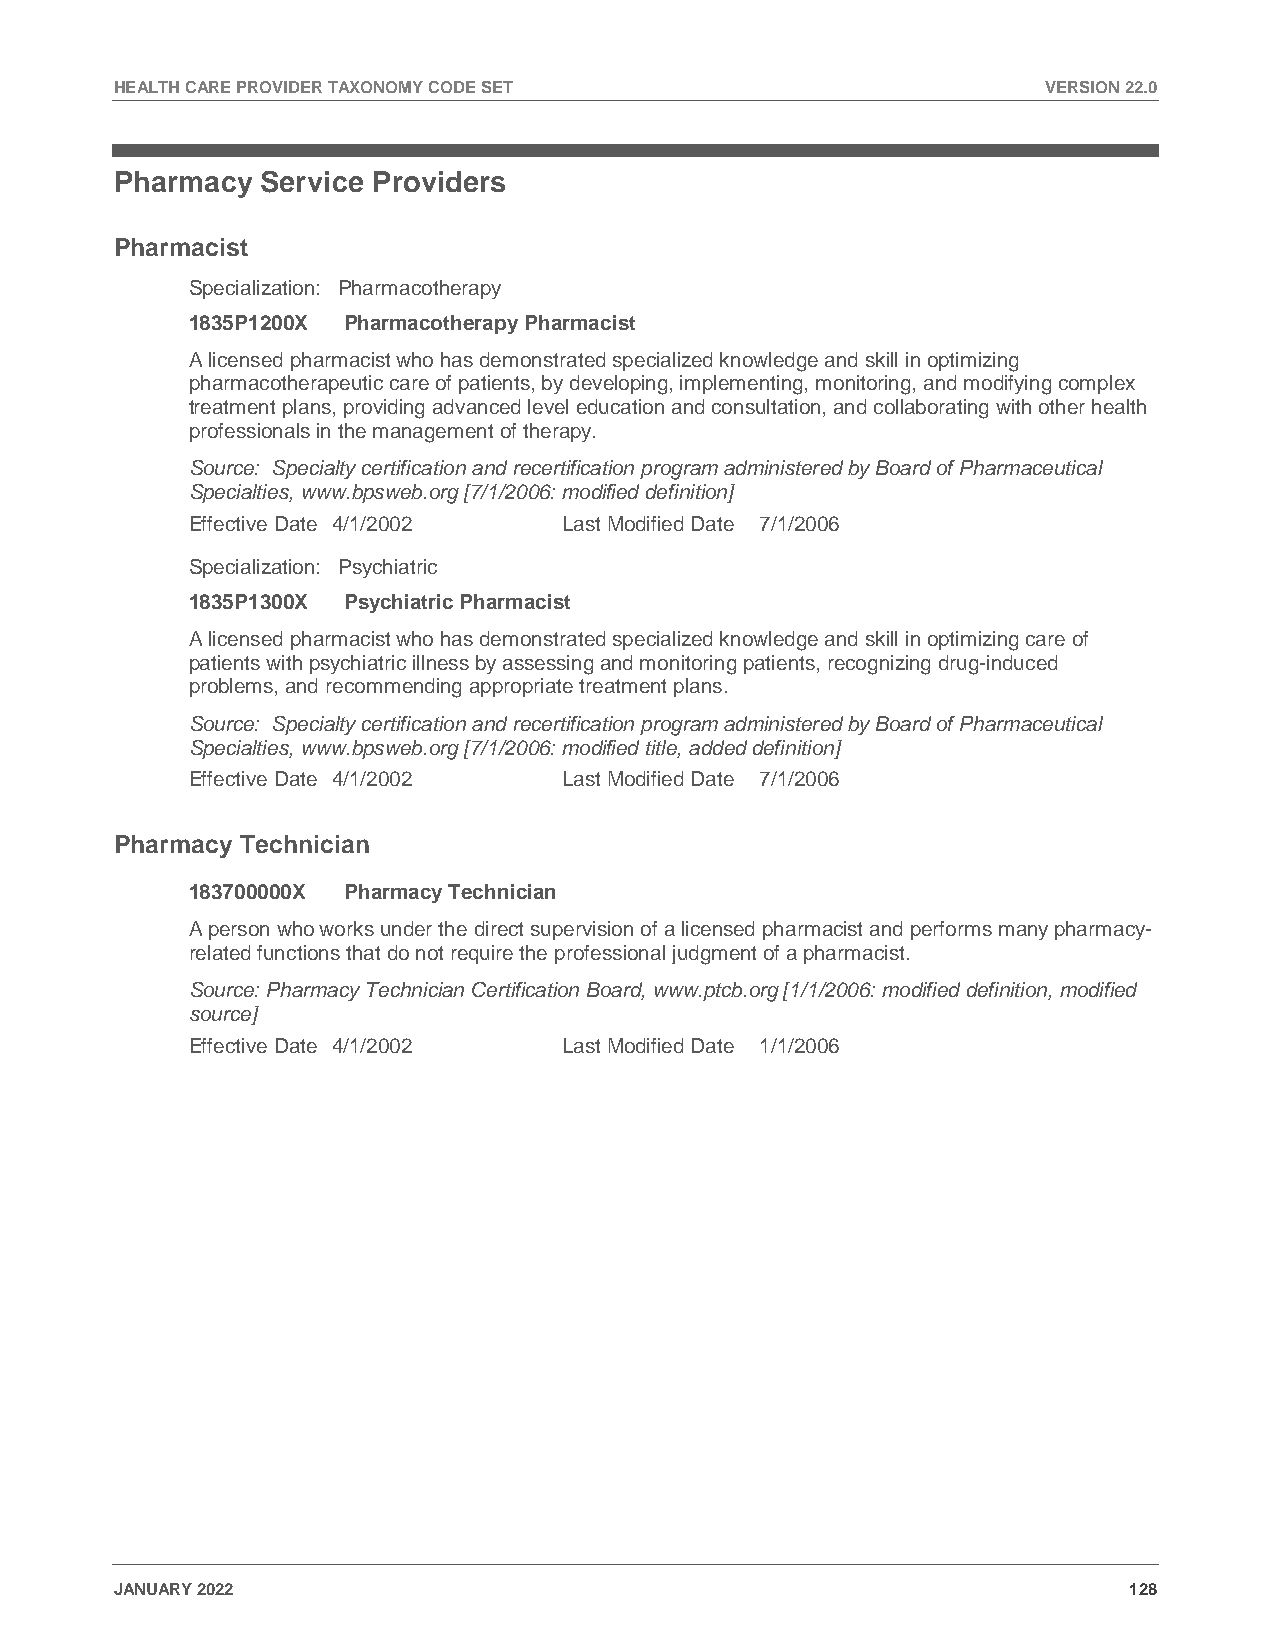
HEALTH CARE PROVIDER TAXONOMY CODE SET                       VERSION 22.0
 Pharmacy Service Providers
 Pharmacist
 Specialization: Pharmacotherapy
 1835P1200X Pharmacotherapy Pharmacist
 A licensed pharmacist who has demonstrated specialized knowledge and skill in optimizing
 pharmacotherapeutic care of patients, by developing, implementing, monitoring, and modifying complex
 treatment plans, providing advanced level education and consultation, and collaborating with other health
 professionals in the management of therapy.
 Source: Specialty certification and recertification program administered by Board of Pharmaceutical
 Specialties, www.bpsweb.org [7/1/2006: modified definition]
 Effective Date 4/1/2002  Last Modified Date 7/1/2006
 Specialization: Psychiatric
 1835P1300X Psychiatric Pharmacist
 A licensed pharmacist who has demonstrated specialized knowledge and skill in optimizing care of
 patients with psychiatric illness by assessing and monitoring patients, recognizing drug-induced
 problems, and recommending appropriate treatment plans.
 Source: Specialty certification and recertification program administered by Board of Pharmaceutical
 Specialties, www.bpsweb.org [7/1/2006: modified title, added definition]
 Effective Date 4/1/2002  Last Modified Date 7/1/2006
 Pharmacy Technician
 183700000X Pharmacy Technician
 A person who works under the direct supervision of a licensed pharmacist and performs many pharmacy-
 related functions that do not require the professional judgment of a pharmacist.
 Source: Pharmacy Technician Certification Board, www.ptcb.org [1/1/2006: modified definition, modified
 source]
 Effective Date 4/1/2002  Last Modified Date 1/1/2006
 JANUARY 2022                                                       128